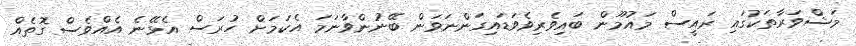
މަޝްވަރާތަކުގައި ރައީސް މައުމޫން ބައިވެރިވެވަޑައިގަންނަވަން ބޭނުންވާނަމަ އެކަމަށް ހުރަސް އެޅޭނެ އެއްވެސް ގޮތެއް